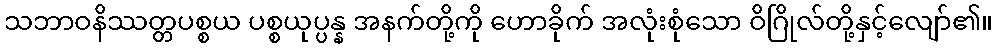
သဘာဝနိဿတ္တပစ္စယ ပစ္စယုပ္ပန္န အနက်တို့ကို ဟောခိုက် အလုံးစုံသော ဝိဂြိုလ်တို့နှင့်လျော်၏။